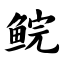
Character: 鲩